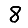
Digit: 8